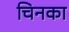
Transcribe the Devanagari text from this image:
चिनका